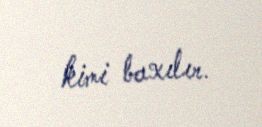
kimi baxılır.